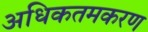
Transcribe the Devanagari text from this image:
अधिकतमकरण